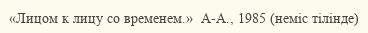
«Лицом к лицу со временем.»  А-А., 1985 (неміс тілінде)